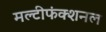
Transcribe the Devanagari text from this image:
मल्टीफंक्शनल